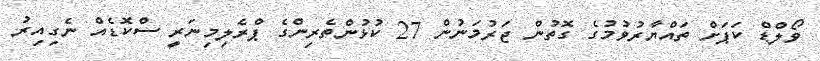
ވޯލްޑް ކަޕަށް ތައްޔާރުވުމުގެ ގޮތުން ޖަރުމަނުން 27 ކުޅުންތެރިންގެ ޕްރެލިމިނަރީ ސްކޮޑެއް ނެގިއިރު